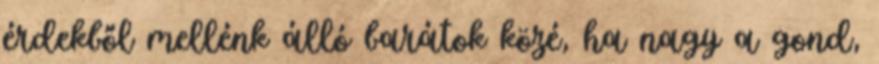
érdekből mellénk álló barátok közé, ha nagy a gond,